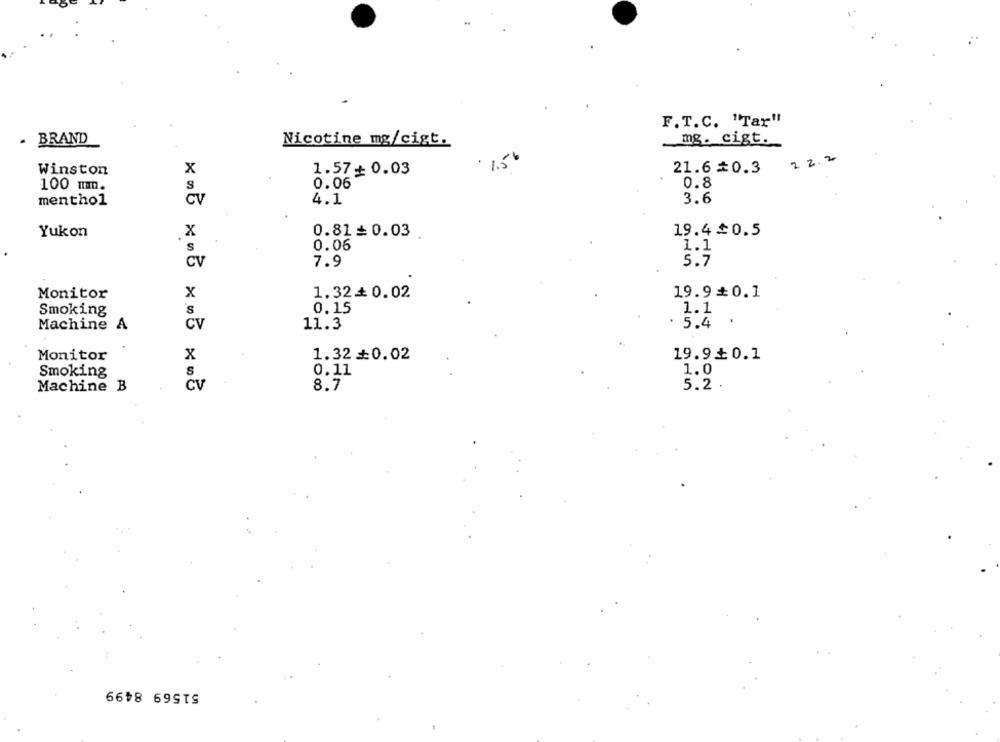
F.T.C. "Tar"
. BRAND
Nicotine mg/cigt.
mg. cigt.
22.2
x
1.57+ 0.03
21.6 #0.3
Winston
0.06
0.8
100 mm.
menthol
4.1
3.6
Cv
Yukon
x
0.81= 0.03
19.4 $0.5
S
0.06
1.1
CV
7.9
5.7
Monitor
x
1.32+ 0.02
19.9 0.1
Smoking
0.15
1.1
.
CV
11.3
5.4
Machine A
x
1.32+0.02
19.9+0.1
Monitor
0.11
1.0
Smoking
S
Cv
8.7
5.2
Machine B
51569 8499